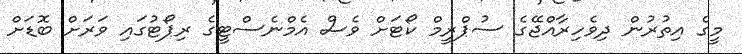
މީގެ އިތުރުން ދިވެހިރާއްޖޭގެ ސުޕްރީމް ކޯޓަށް ވެސް އެމްނެސްޓީގެ ރިޕޯޓުގައި ވަރަށް ބޮޑަށް